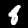
Label: 8